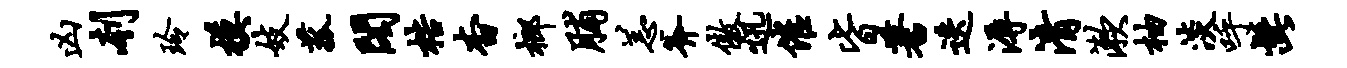
凶刳玲模妓菰阁梏杳榔脯恙斧傲迅催皆蓍迭溽清漱柚淡呼髭